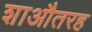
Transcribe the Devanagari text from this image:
शाऔतरह